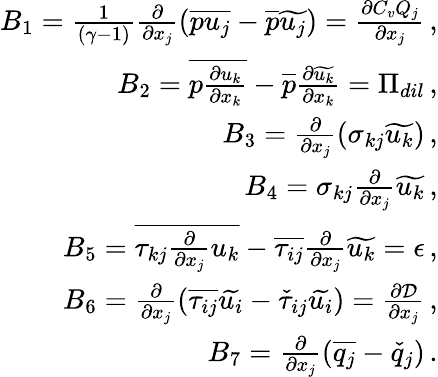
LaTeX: \begin{array}{r}{B_{1}=\frac{1}{(\gamma-1)}\frac{\partial}{\partial x_{j}}\left(\overline{{pu_{j}}}-\overline{{p}}\widetilde{u_{j}}\right)=\frac{\partial C_{v}Q_{j}}{\partial x_{j}}\, \mathrm{,}}\\ {B_{2}=\overline{{p\frac{\partial u_{k}}{\partial x_{k}}}}-\overline{{p}}\frac{\partial\widetilde{u_{k}}}{\partial x_{k}}=\Pi_{dil}\, \mathrm{,}}\\ {B_{3}=\frac{\partial}{\partial x_{j}}\left(\sigma_{kj}\widetilde{u_{k}}\right)\, \mathrm{,}}\\ {B_{4}=\sigma_{kj}\frac{\partial}{\partial x_{j}}\widetilde{u_{k}}\, \mathrm{,}}\\ {B_{5}=\overline{{\tau_{kj}\frac{\partial}{\partial x_{j}}u_{k}}}-\overline{{\tau_{ij}}}\frac{\partial}{\partial x_{j}}\widetilde{u_{k}}=\epsilon\, \mathrm{,}}\\ {B_{6}=\frac{\partial}{\partial x_{j}}\left(\overline{{\tau_{ij}}}\widetilde{u_{i}}-\check{\tau}_{ij}\widetilde{u_{i}}\right)=\frac{\partial\mathcal{D}}{\partial x_{j}}\, \mathrm{,}}\\ {B_{7}=\frac{\partial}{\partial x_{j}}\left(\overline{{q_{j}}}-\check{q}_{j}\right)\, \mathrm{.}}\end{array}